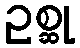
ဥစ္ဆု